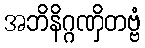
အဘိနိဂ္ဂဏှိတဗ္ဗံ